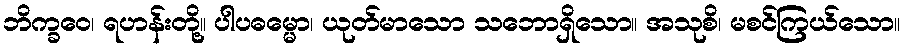
ဘိက္ခဝေ၊ ရဟန်းတို့။ ပါပဓမ္မော၊ ယုတ်မာသော သဘောရှိသော။ အသုစိ၊ မစင်ကြယ်သော။